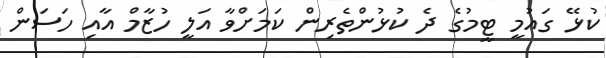
ކުޅޭ ގައުމީ ޓީމުގެ ދެ ކުޅުންތެރިން ކަމަށްވާ އަލީ ހުޒާމް އާއި ހަސަން